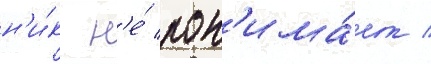
н'и́к н'е́ пон'има́ет /